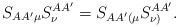
\begin{align*}S_{AA^{\prime }\mu }S_{\nu }^{AA^{\prime }}=S_{AA^{\prime }(\mu }S_{\nu)}^{AA^{\prime }}. \end{align*}